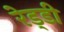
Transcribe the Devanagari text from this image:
रेड्‌डी